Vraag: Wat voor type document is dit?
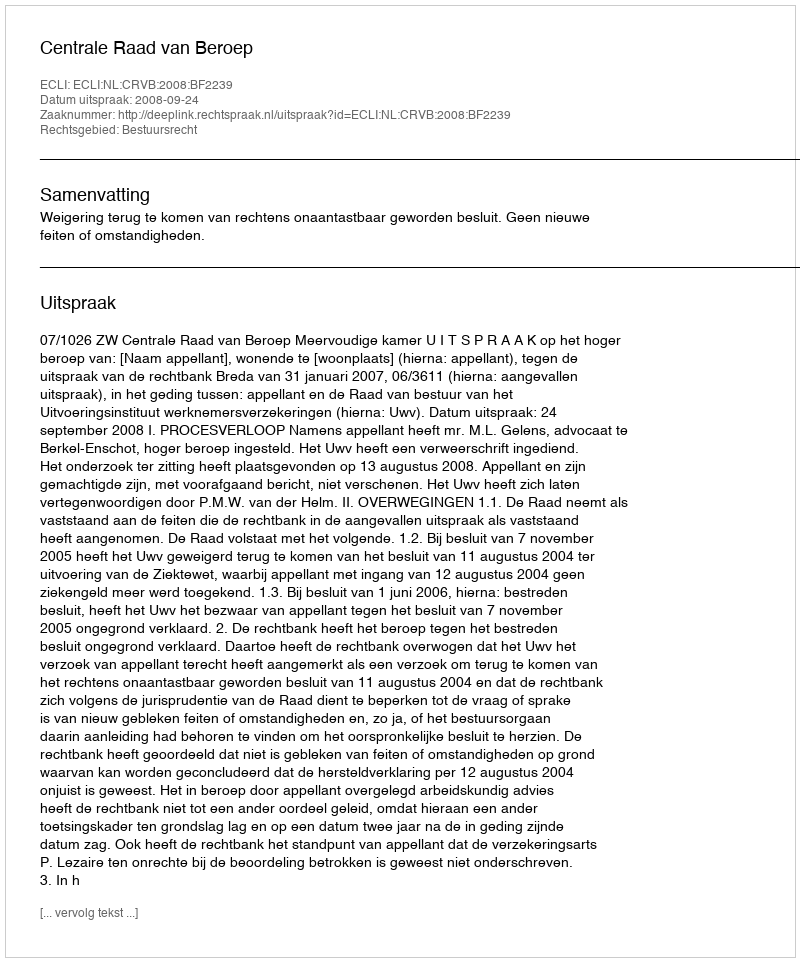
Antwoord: Uitspraak